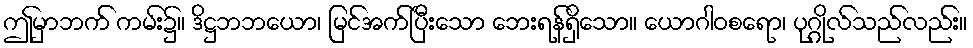
ဤမှာဘက် ကမ်း၌။ ဒိဋ္ဌဘဘယော၊ မြင်အက်ပြီးသော ဘေးရန်ရှိသော။ ယောဂါဝစရော၊ ပုဂ္ဂိုလ်သည်လည်း။